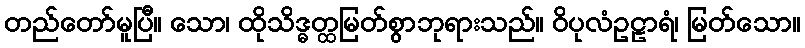
တည်တော်မူပြီ။ သော၊ ထိုသိဒ္ဓတ္ထမြတ်စွာဘုရားသည်။ ဝိပုလံဥဠာရံ၊ မြတ်သော။